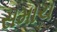
સમાચ